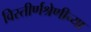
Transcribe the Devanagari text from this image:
विस्तीर्णश्रेणीच्या